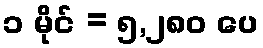
၁ မိုင် = ၅,၂၈၀ ပေ